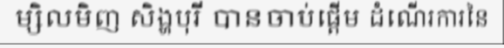
ម្សិលមិញ សិង្ហបុរី បានចាប់ផ្តើម ដំណើរការនៃ